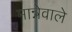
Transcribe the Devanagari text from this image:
मान्नेवाले